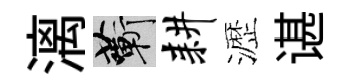
漓蔪耕瀝谌